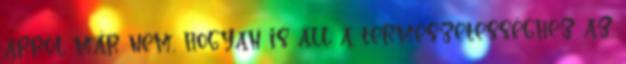
arról már nem, hogyan is áll a természetességhez az